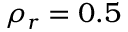
\rho _ { r } = 0 . 5